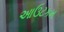
આઉટકમ